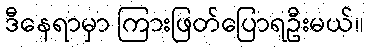
ဒီနေရာမှာ ကြားဖြတ်ပြောရဦးမယ်။